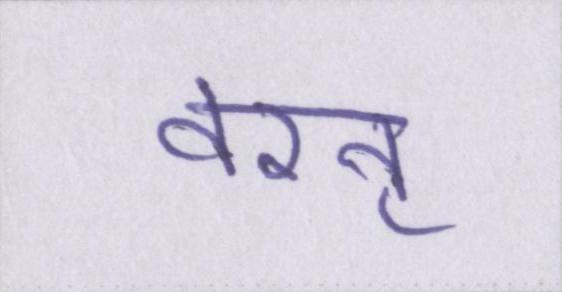
वरन्